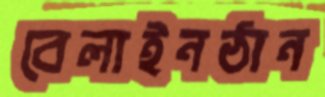
বেলাইনঠান